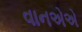
વાનએએ